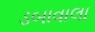
ડબાવાલા